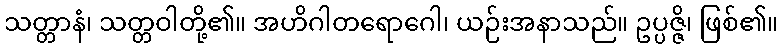
သတ္တာနံ၊ သတ္တဝါတို့၏။ အဟိဂါတရောဂေါ၊ ယဉ်းအနာသည်။ ဥပ္ပဇ္ဇိ၊ ဖြစ်၏။